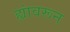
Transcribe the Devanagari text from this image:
ह्यांवरून